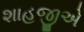
શાહજીએ